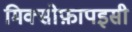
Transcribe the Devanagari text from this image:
मिक्सोफ़ापइसी